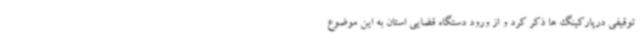
توقیفی درپارکینگ ها ذکر کرد و از ورود دستگاه قضایی استان به این موضوع